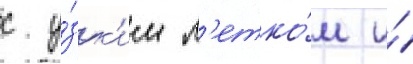
с у́зк'им л'етко́м и́